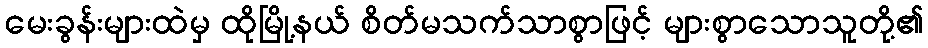
မေးခွန်းများထဲမှ ထိုမြို့နယ် စိတ်မသက်သာစွာဖြင့် များစွာသောသူတို့၏